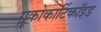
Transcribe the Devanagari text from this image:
ग्लूकोकार्टिकॉइड